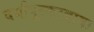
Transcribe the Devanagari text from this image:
दर्यापूरकरबाबा